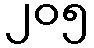
၂၀၅